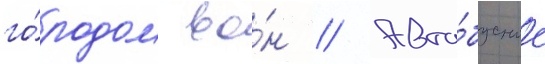
го́родом во́н // Авто́бусные